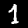
Label: 1